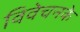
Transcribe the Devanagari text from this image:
विवेचनके